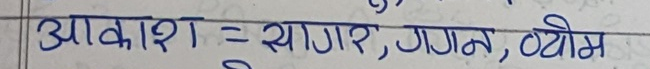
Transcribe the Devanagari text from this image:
आकाश = सागर, गगन, व्योम